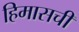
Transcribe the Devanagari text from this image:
हिमासची